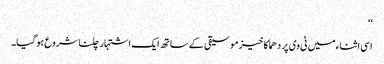
‘‘
اسی اثناء میں ٹی وی پر دھماکا خیز موسیقی کے ساتھ ایک اشتہار چلنا شروع ہوگیا۔